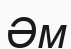
Әм